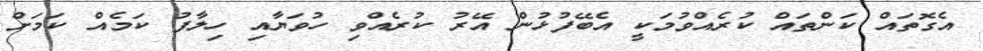
އެގޮތައް ކަންތައް ކުރެއްވުމަކީ އެބޭފުޅުން އޭރު ކުރެއްވި ހުވަޔާއި ހިލާފު ކަމެއް ކަމަށް